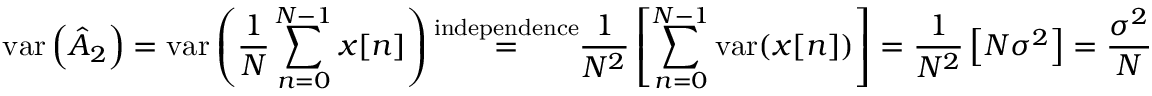
\mathrm { v a r } \left( { \hat { A } } _ { 2 } \right) = \mathrm { v a r } \left( { \frac { 1 } { N } } \sum _ { n = 0 } ^ { N - 1 } x [ n ] \right) { \overset { \mathrm { i n d e p e n d e n c e } } { = } } { \frac { 1 } { N ^ { 2 } } } \left[ \sum _ { n = 0 } ^ { N - 1 } \mathrm { v a r } ( x [ n ] ) \right] = { \frac { 1 } { N ^ { 2 } } } \left[ N \sigma ^ { 2 } \right] = { \frac { \sigma ^ { 2 } } { N } }